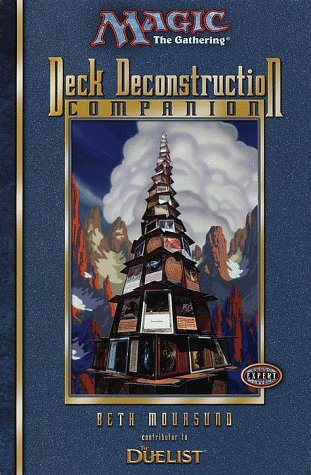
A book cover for Deck Deconstruction Companion (Magic: the Gathering); Beth Moursund; Science Fiction & Fantasy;